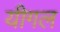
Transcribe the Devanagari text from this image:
यीगल